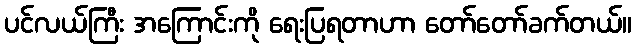
ပင်လယ်ကြီး အကြောင်းကို ရေးပြရတာဟာ တော်တော်ခက်တယ်။